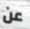
عن